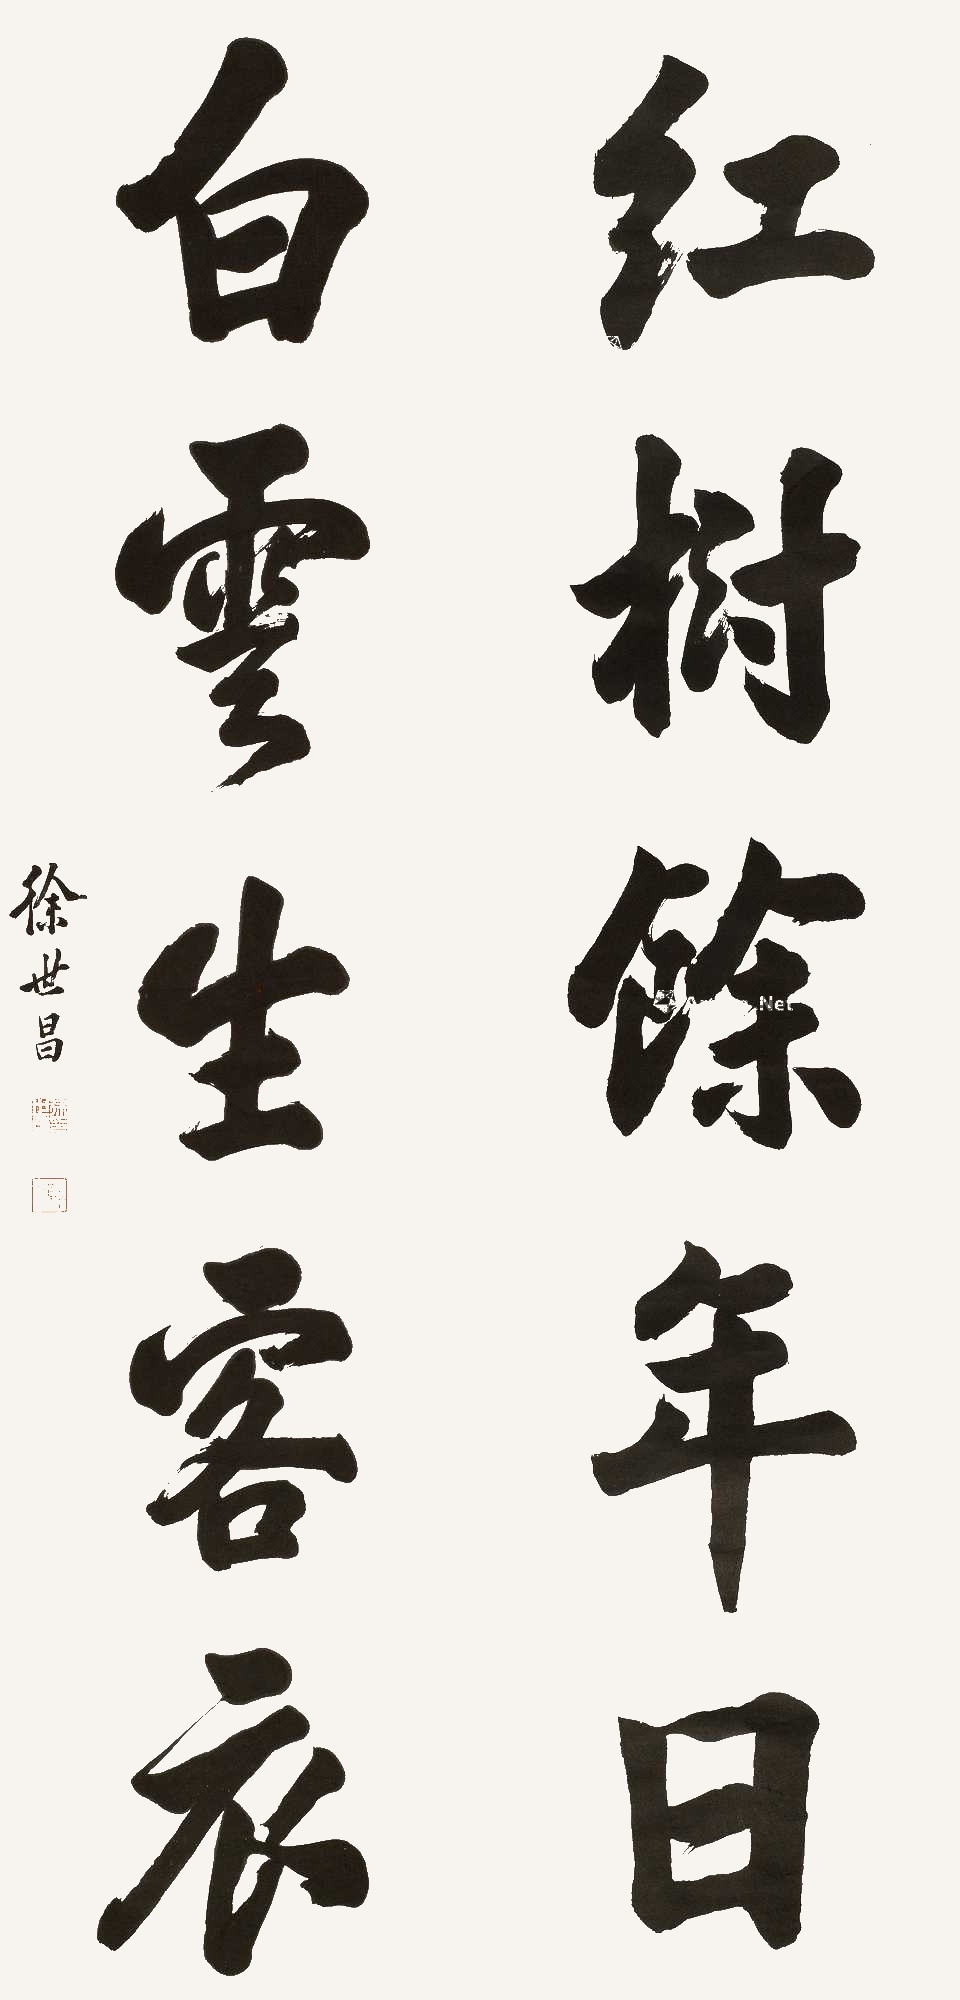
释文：红树余年日，白云生客衣。徐世昌印、鞠人